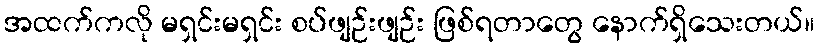
အထက်ကလို မရှင်းမရှင်း စပ်ဖျဉ်းဖျဉ်း ဖြစ်ရတာတွေ နောက်ရှိသေးတယ်။